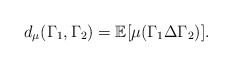
\begin{align*}d_{\mu}(\Gamma_{1}, \Gamma_{2})=\mathbb{E}[\mu( \Gamma_{1} \Delta \Gamma_{2} )].\end{align*}